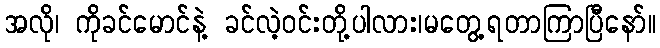
အလို၊ ကိုခင်မောင်နဲ့ ခင်လဲ့ဝင်းတို့ပါလား၊မတွေ့ရတာကြာပြီနော်။